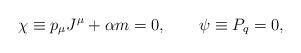
LaTeX: \begin{align*}\chi\equiv p_\mu J^\mu+\alpha m=0,\qquad \psi\equiv P_q=0,\end{align*}